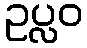
ဥပ္လဝ